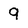
Character: 9